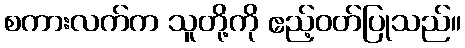
စကားလက်က သူတို့ကို ဧည့်ဝတ်ပြုသည်။